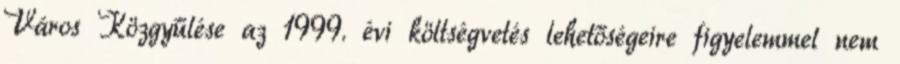
Város Közgyűlése az 1999. évi költségvetés lehetőségeire figyelemmel nem